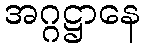
အဂ္ဂဋ္ဌာနေ